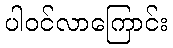
ပါဝင်လာကြောင်း